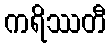
ကရိဿတီ